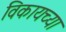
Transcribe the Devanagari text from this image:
विकायच्या